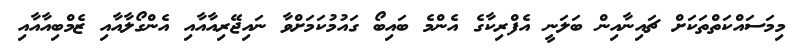
މިމަސައްކަތްތަކަށް ޗައިނާއިން ބަލަނީ އެފްރިކާގެ އެންމެ ބައިބޯ ގައުމުކަމަށްވާ ނައިޖޭރިއާއާއި އެންގޯލާއާއި ޒެމްބިއާއާއި